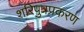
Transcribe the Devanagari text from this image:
शरिपुत्रप्रकरण